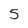
Character: 5